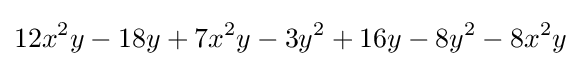
12x^{2}y-18y+7x^{2}y-3y^{2}+16y-8y^{2}-8x^{2}y